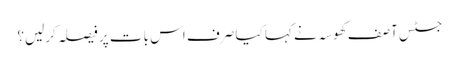
جسٹس آصف کھوسہ نے کہا کیا صرف اس بات پر فیصلہ کرلیں؟